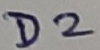
Text: D2